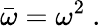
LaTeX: {\bar{\omega}}=\omega^{2}~.